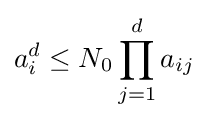
a_{i}^{d}\leq N_{0}\prod _{j=1}^{d}a_{ij}